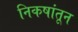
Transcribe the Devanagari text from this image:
निकषांतून